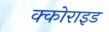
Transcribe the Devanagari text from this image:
क्कोराइड